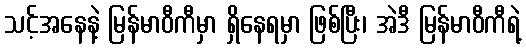
သင့်အနေနဲ့ မြန်မာဝီကီမှာ ရှိနေရမှာ ဖြစ်ပြီး၊ အဲဒီ မြန်မာဝီကီရဲ့